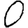
Digit: 0